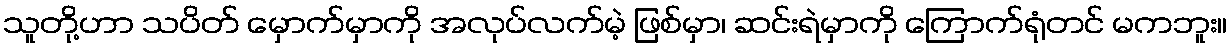
သူတို့ဟာ သပိတ် မှောက်မှာကို အလုပ်လက်မဲ့ ဖြစ်မှာ၊ ဆင်းရဲမှာကို ကြောက်ရုံတင် မကဘူး။